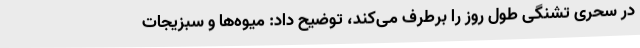
در سحری تشنگی طول روز را برطرف می‌کند، توضیح داد: میوه‌ها و سبزیجات